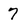
Character: 7